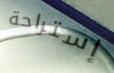
إستراحة